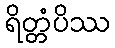
ရိတ္တံပိဿ